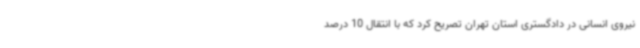
نیروی انسانی در دادگستری استان تهران تصریح کرد که با انتقال 10 درصد